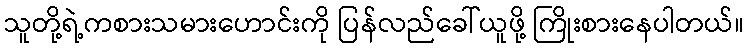
သူတို့ရဲ့ကစားသမားဟောင်းကို ပြန်လည်ခေါ်ယူဖို့ ကြိုးစားနေပါတယ်။